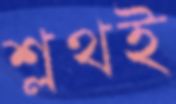
শ্লথই